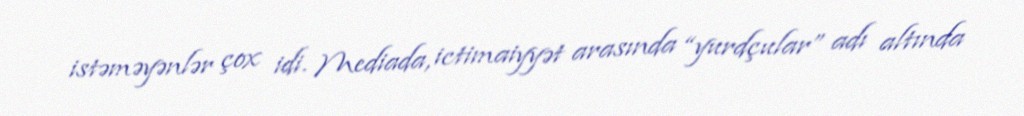
istəməyənlər çox idi. Mediada, ictimaiyyət arasında “yurdçular” adı altında